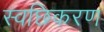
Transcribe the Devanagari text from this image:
स्वछिकरण